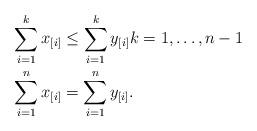
LaTeX: \begin{align*} \sum_{i=1}^kx_{[i]}&\leq\sum_{i=1}^ky_{[i]}k=1,\dots,n-1\\ \sum_{i=1}^nx_{[i]}&=\sum_{i=1}^ny_{[i]}. \end{align*}